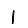
Digit: 1